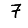
Digit: 7